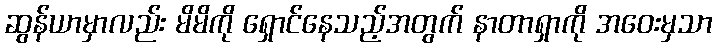
ဆွန်ယာမှာလည်း မိမိကို ရှောင်နေသည့်အတွက် နာတာရှာကို အဝေးမှသာ